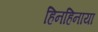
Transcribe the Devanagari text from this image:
हिनहिनाया